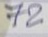
72